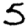
Digit: 5